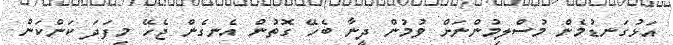
އަޅުގަނޑުމެން މުސްލިމުންނަށް ވުމުން ދީނާ ބެހޭ ގޮތުން އެނގެން ޖެހޭ މިފަދަ ކަންކަން